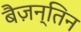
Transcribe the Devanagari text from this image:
बैज़न्तिन